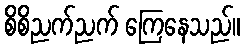
စိစိညက်ညက် ကြေနေသည်။